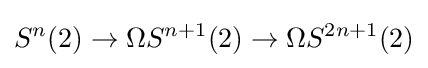
S^{n}(2)\rightarrow \Omega S^{n+1}(2)\rightarrow \Omega S^{2n+1}(2)